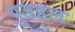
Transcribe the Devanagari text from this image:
गुडहल